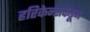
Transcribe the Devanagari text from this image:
हरिकेन्सकडून